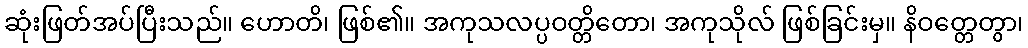
ဆုံးဖြတ်အပ်ပြီးသည်။ ဟောတိ၊ ဖြစ်၏။ အကုသလပ္ပဝတ္တိတော၊ အကုသိုလ် ဖြစ်ခြင်းမှ။ နိဝတ္တေတွာ၊